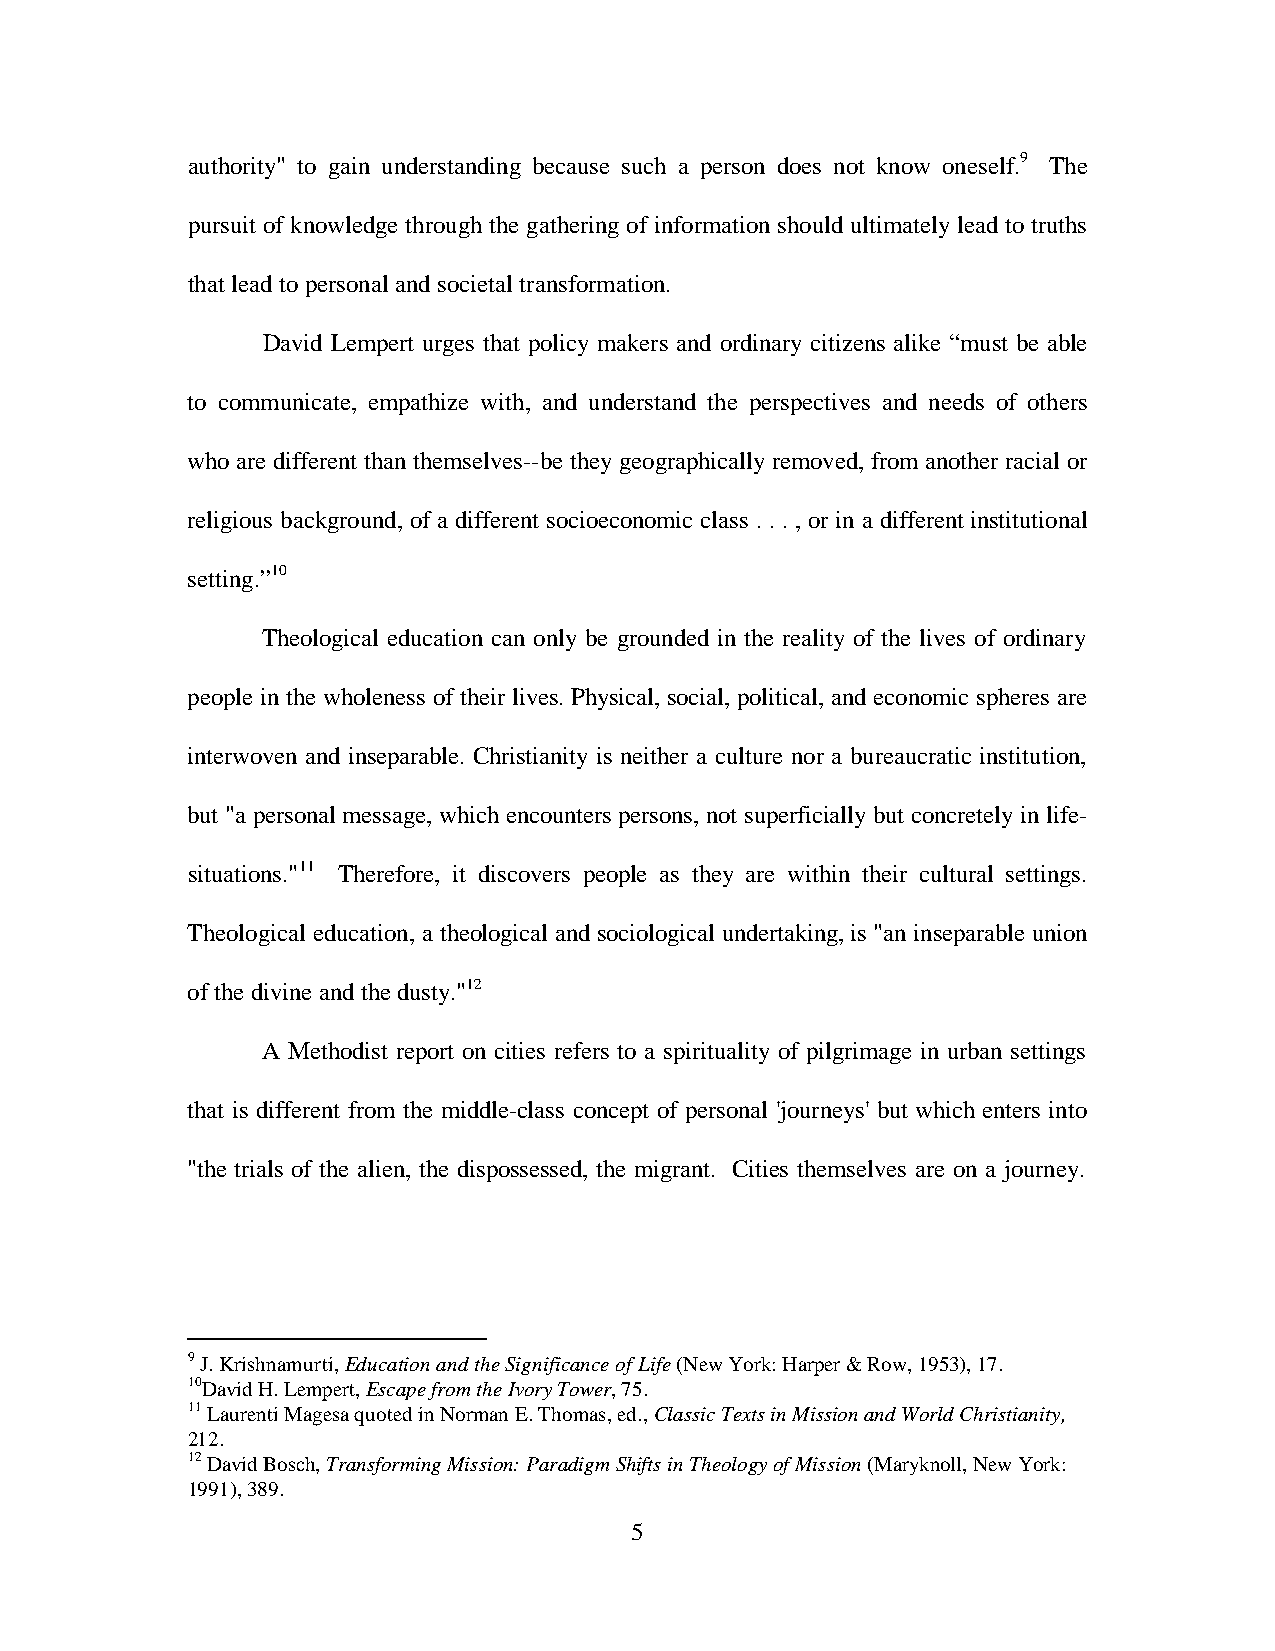
authority" to gain understanding because such a person does not know oneself.9 The
 pursuit of knowledge through the gathering of information should ultimately lead to truths
 that lead to personal and societal transformation.
 David Lempert urges that policy makers and ordinary citizens alike “must be able
 to communicate, empathize with, and understand the perspectives and needs of others
 who are different than themselves--be they geographically removed, from another racial or
 religious background, of a different socioeconomic class . . . , or in a different institutional
 setting.”10
 Theological education can only be grounded in the reality of the lives of ordinary
 people in the wholeness of their lives. Physical, social, political, and economic spheres are
 interwoven and inseparable. Christianity is neither a culture nor a bureaucratic institution,
 but "a personal message, which encounters persons, not superficially but concretely in life-
 situations."11 Therefore, it discovers people as they are within their cultural settings.
 Theological education, a theological and sociological undertaking, is "an inseparable union
 of the divine and the dusty."12
 A Methodist report on cities refers to a spirituality of pilgrimage in urban settings
 that is different from the middle-class concept of personal 'journeys' but which enters into
 "the trials of the alien, the dispossessed, the migrant. Cities themselves are on a journey.
 9 J. Krishnamurti, Education and the Significance of Life (New York: Harper & Row, 1953), 17.
 10David H. Lempert, Escape from the Ivory Tower, 75.
 11 Laurenti Magesa quoted in Norman E. Thomas, ed., Classic Texts in Mission and World Christianity,
 212.
 12 David Bosch, Transforming Mission: Paradigm Shifts in Theology of Mission (Maryknoll, New York:
 1991), 389.
 5